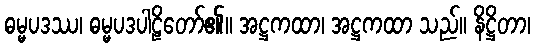
ဓမ္မပဒဿ၊ ဓမ္မပဒပါဠိတော်၏။ အဋ္ဌကထာ၊ အဋ္ဌကထာ သည်။ နိဋ္ဌိတာ၊